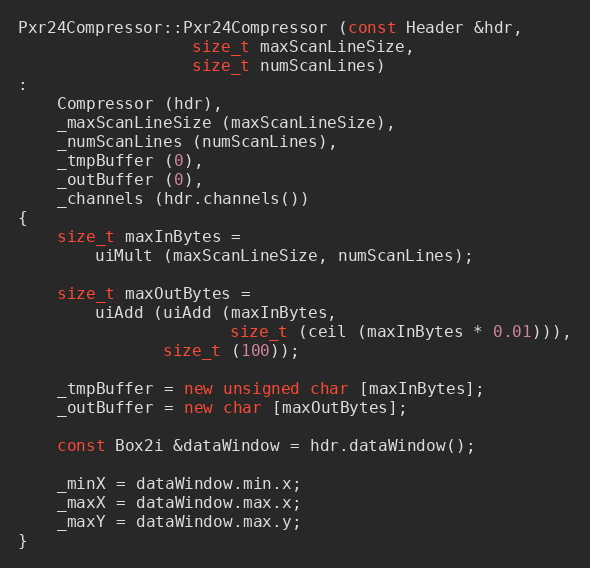
Language: C++
Pxr24Compressor::Pxr24Compressor (const Header &hdr,
				  size_t maxScanLineSize,
				  size_t numScanLines)
:
    Compressor (hdr),
    _maxScanLineSize (maxScanLineSize),
    _numScanLines (numScanLines),
    _tmpBuffer (0),
    _outBuffer (0),
    _channels (hdr.channels())
{
    size_t maxInBytes =
        uiMult (maxScanLineSize, numScanLines);

    size_t maxOutBytes =
        uiAdd (uiAdd (maxInBytes,
                      size_t (ceil (maxInBytes * 0.01))),
               size_t (100));

    _tmpBuffer = new unsigned char [maxInBytes];
    _outBuffer = new char [maxOutBytes];

    const Box2i &dataWindow = hdr.dataWindow();

    _minX = dataWindow.min.x;
    _maxX = dataWindow.max.x;
    _maxY = dataWindow.max.y;
}